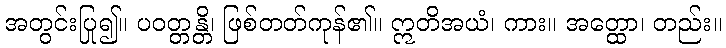
အတွင်းပြု၍။ ပဝတ္တန္တိ၊ ဖြစ်တတ်ကုန်၏။ ဣတိအယံ၊ ကား။ အတ္ထော၊ တည်း။